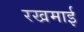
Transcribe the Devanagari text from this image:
रखमाई